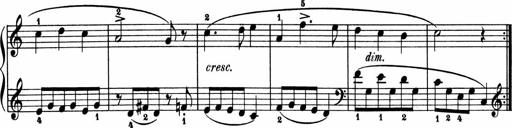
Title: 2 Sonatinen
Composer: Lambertus Adrianus van Tetterode